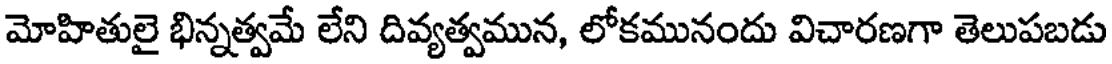
మోహితులై భిన్నత్వమే లేని దివ్యత్వమున, లోకమునందు విచారణగా తెలుపబడు